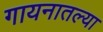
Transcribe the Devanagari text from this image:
गायनातल्या